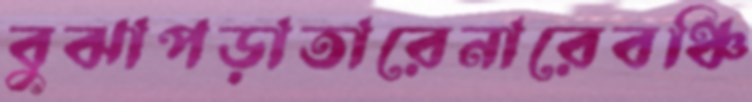
বুঝাপড়াতারেনারেবঞ্চি